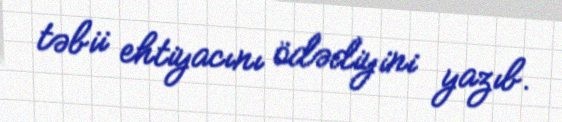
təbii ehtiyacını ödədiyini yazıb.